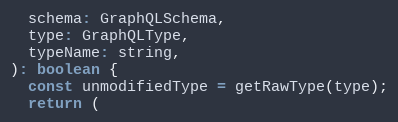
Language: JavaScript
  schema: GraphQLSchema,
  type: GraphQLType,
  typeName: string,
): boolean {
  const unmodifiedType = getRawType(type);
  return (